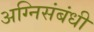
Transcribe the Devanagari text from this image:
अग्निसंबंधी